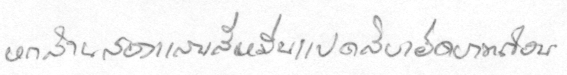
หกล้านสองแสนสี่หมื่นแปดสิบเอ็ดบาทถ้วน